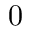
0